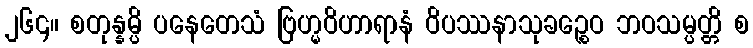
၂၆၄။ စတုန္နမ္ပိ ပနေတေသံ ဗြဟ္မဝိဟာရာနံ ဝိပဿနာသုခဉ္စေဝ ဘဝသမ္ပတ္တိ စ